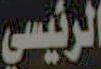
الرئيسي